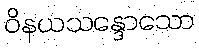
ဝိနယသန္ဒောသော